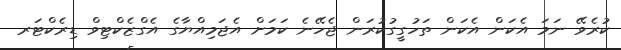
ކުރެވޭ ނަމަ އެކަން އެކަން ތަހުގީގުކުރަން ޖެހޭނެ ކަމަށް އެޖަމިއްޔާގެ އެގްޒެކްޓިވް ޑިރެކްޓަރ